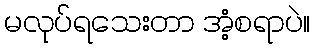
မလုပ်ရသေးတာ အံ့စရာပဲ။